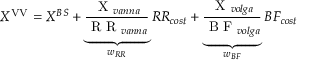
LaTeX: X ^ { \mathrm { { V V } } } = X ^ { B S } + \underbrace { \frac { { \textrm { X } } _ { v a n n a } } { { \textrm { R R } } _ { v a n n a } } } _ { w _ { R R } } { R R } _ { c o s t } + \underbrace { \frac { { \textrm { X } } _ { v o l g a } } { { \textrm { B F } } _ { v o l g a } } } _ { w _ { B F } } { B F } _ { c o s t }